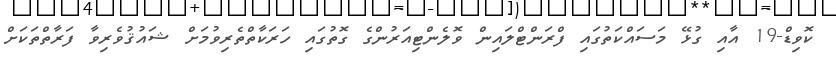
ކޮވިޑް-19 އާއި ގުޅޭ މަސައްކަތުގައި ފްރަންޓްލައިން ވޮލެންޓިއަރުންގެ ގޮތުގައި ހަރަކާތްތެރިވުމަށް ޝައުޤުވެރިވާ ފަރާތްތަކަށް